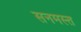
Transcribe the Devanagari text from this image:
सनमस्त